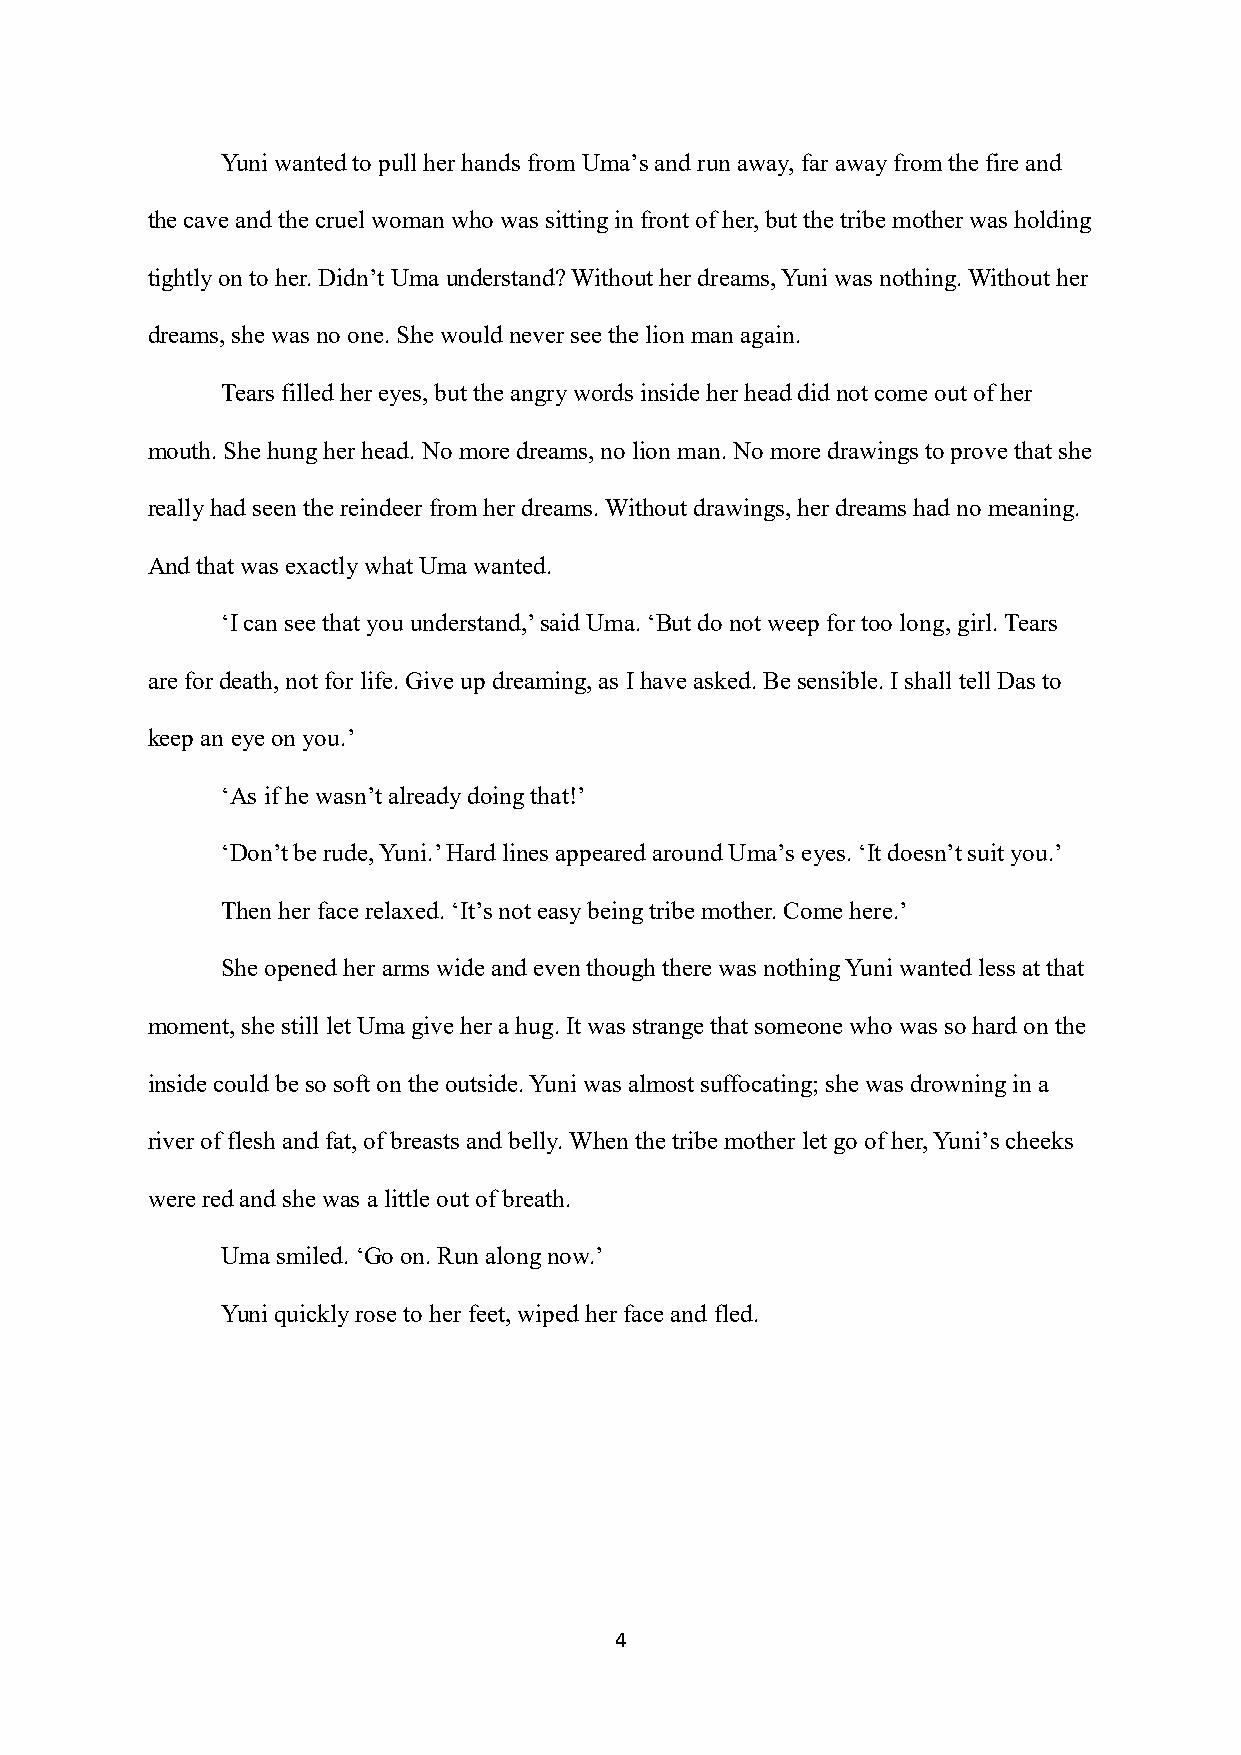
Yuni wanted to pull her hands from Uma’s and run away, far away from the fire and
 the cave and the cruel woman who was sitting in front of her, but the tribe mother was holding
 tightly on to her. Didn’t Uma understand? Without her dreams, Yuni was nothing. Without her
 dreams, she was no one. She would never see the lion man again.
 Tears filled her eyes, but the angry words inside her head did not come out of her
 mouth. She hung her head. No more dreams, no lion man. No more drawings to prove that she
 really had seen the reindeer from her dreams. Without drawings, her dreams had no meaning.
 And that was exactly what Uma wanted.
 ‘I can see that you understand,’ said Uma. ‘But do not weep for too long, girl. Tears
 are for death, not for life. Give up dreaming, as I have asked. Be sensible. I shall tell Das to
 keep an eye on you.’
 ‘As if he wasn’t already doing that!’
 ‘Don’t be rude, Yuni.’ Hard lines appeared around Uma’s eyes. ‘It doesn’t suit you.’
 Then her face relaxed. ‘It’s not easy being tribe mother. Come here.’
 She opened her arms wide and even though there was nothing Yuni wanted less at that
 moment, she still let Uma give her a hug. It was strange that someone who was so hard on the
 inside could be so soft on the outside. Yuni was almost suffocating; she was drowning in a
 river of flesh and fat, of breasts and belly. When the tribe mother let go of her, Yuni’s cheeks
 were red and she was a little out of breath.
 Uma smiled. ‘Go on. Run along now.’
 Yuni quickly rose to her feet, wiped her face and fled.
 4